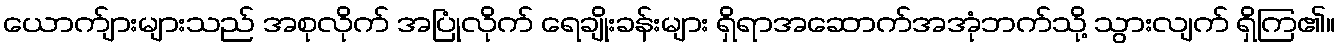
ယောက်ျားများသည် အစုလိုက် အပြုံလိုက် ရေချိုးခန်းများ ရှိရာအဆောက်အအုံဘက်သို့ သွားလျက် ရှိကြ၏။